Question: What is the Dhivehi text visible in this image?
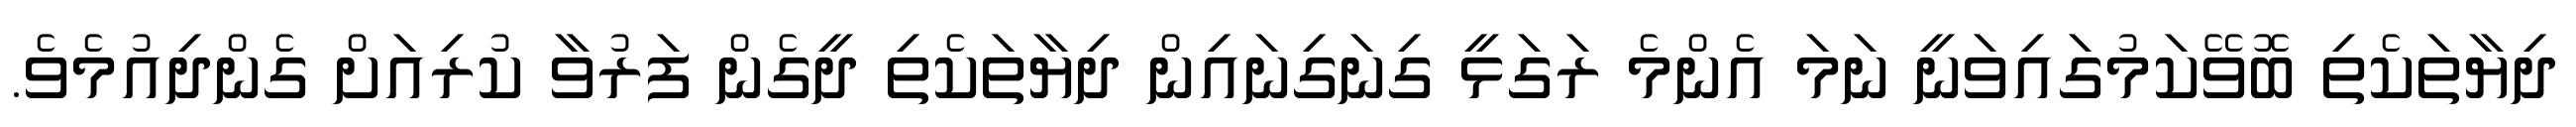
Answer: ދިޔާތަކެތި ބޮވޭކަމުގައިވަނީ ނަމަ އެންމެ ރަގަޅީ ގިނަގިނައިން ދިޔާތަކެތި ދީގެން ފަރުވާ ކުރިއަށް ގެންދިއުމެވެ.